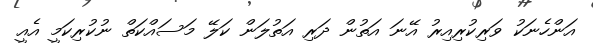
އަންހެނަކު ވަރިކުރިއިރު އޭނަ އަތުން ދަރި އަތުލަން ކަލޭ މަސައްކަތް ނުކުރިކަމީ އެއީ